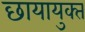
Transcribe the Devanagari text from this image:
छायायुक्‍त